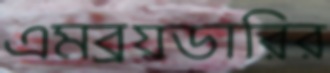
এমব্রয়ডারির